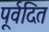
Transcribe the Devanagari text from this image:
पूर्वदित